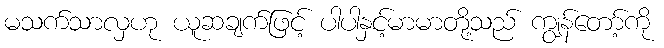
မသက်သာလှဟု ယူဆချက်ဖြင့် ပါပါနှင့်မာမာတို့သည် ကျွန်တော့်ကို